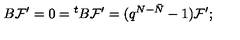
B { \cal F } ^ { \prime } = 0 = { ^ t B } { \cal F } ^ { \prime } = ( q ^ { N - \bar { N } } - 1 ) { \cal F } ^ { \prime } ;